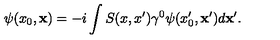
\psi ( x _ { 0 } , { \bf x } ) = - i \int S ( x , x ^ { \prime } ) \gamma ^ { 0 } \psi ( x _ { 0 } ^ { \prime } , { \bf x ^ { \prime } } ) d { \bf x } ^ { \prime } .